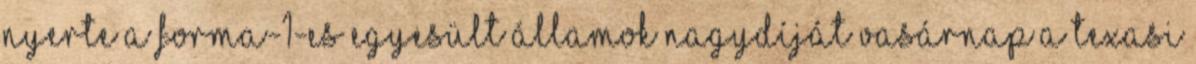
nyerte a Forma-1-es Egyesült Államok Nagydíját vasárnap a texasi